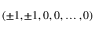
( \pm 1 , \pm 1 , 0 , 0 , \dots , 0 )